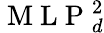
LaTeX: \mathrm{~M~L~P~}_{d}^{2}